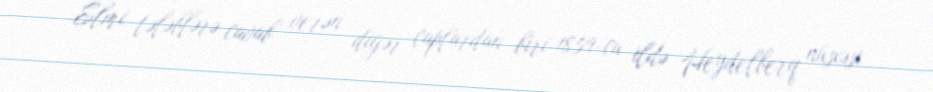
Elmi tələblərə cavab verən digər çaplardan biri 1859-cu ildə Heydelberq nüsxəsi